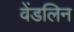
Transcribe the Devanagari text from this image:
वेंडलिन